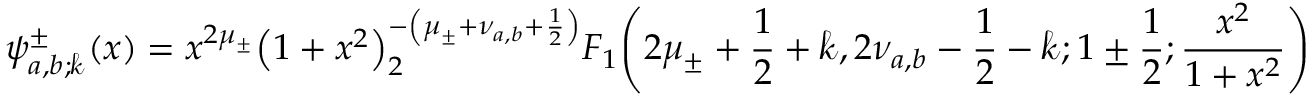
\psi _ { a , b ; \mathscr { k } } ^ { \pm } ( x ) = x ^ { 2 \mu _ { \pm } } { \left( 1 + x ^ { 2 } \right) } ^ { - \left( \mu _ { \pm } + \nu _ { a , b } + \frac { 1 } { 2 } \right) } _ { 2 } F _ { 1 } \! \left( 2 \mu _ { \pm } + \frac { 1 } { 2 } + \mathscr { k } , 2 \nu _ { a , b } - \frac { 1 } { 2 } - \mathscr { k } ; 1 \pm \frac { 1 } { 2 } ; \frac { x ^ { 2 } } { 1 + x ^ { 2 } } \right)